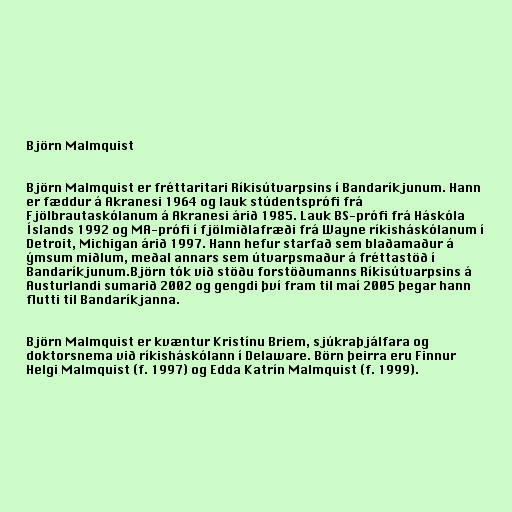
Björn Malmquist

Björn Malmquist er fréttaritari Ríkisútvarpsins í Bandaríkjunum. Hann
er fæddur á Akranesi 1964 og lauk stúdentsprófi frá
Fjölbrautaskólanum á Akranesi árið 1985. Lauk BS-prófi frá Háskóla
Íslands 1992 og MA-prófi í fjölmiðlafræði frá Wayne ríkisháskólanum í
Detroit, Michigan árið 1997. Hann hefur starfað sem blaðamaður á
ýmsum miðlum, meðal annars sem útvarpsmaður á fréttastöð í
Bandaríkjunum.Björn tók við stöðu forstöðumanns Ríkisútvarpsins á
Austurlandi sumarið 2002 og gengdi því fram til maí 2005 þegar hann
flutti til Bandaríkjanna.

Björn Malmquist er kvæntur Kristínu Briem, sjúkraþjálfara og
doktorsnema við ríkisháskólann í Delaware. Börn þeirra eru Finnur
Helgi Malmquist (f. 1997) og Edda Katrín Malmquist (f. 1999).